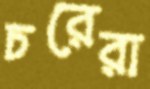
চরেরা